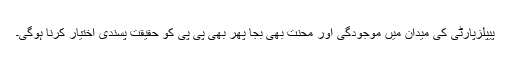
پیپلزپارٹی کی میدان میں موجودگی اور محنت بھی بجا پھر بھی پی پی کو حقیقت پسندی اختیار کرنا ہوگی۔